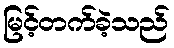
မြင့်တက်ခဲ့သည်